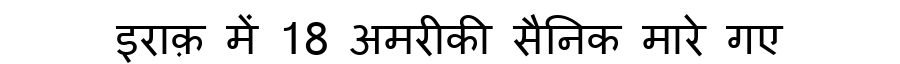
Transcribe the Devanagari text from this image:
इराक़ में 18 अमरीकी सैनिक मारे गए